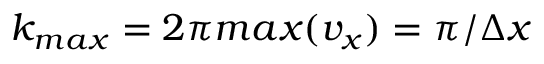
k _ { m a x } = 2 \pi m a x ( v _ { x } ) = \pi / \Delta x